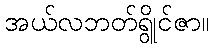
အယ်လဘတ်ရွိုင်ဇာ။